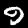
Label: 9